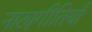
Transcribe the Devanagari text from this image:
नाट्यगीतियाँ